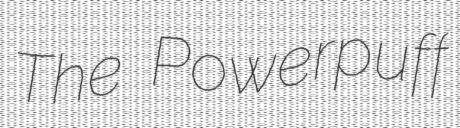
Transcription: The Powerpuff